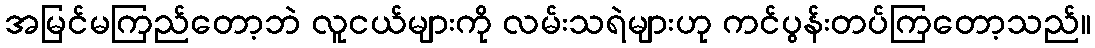
အမြင်မကြည်တော့ဘဲ လူငယ်များကို လမ်းသရဲများဟု ကင်ပွန်းတပ်ကြတော့သည်။